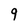
Character: 9